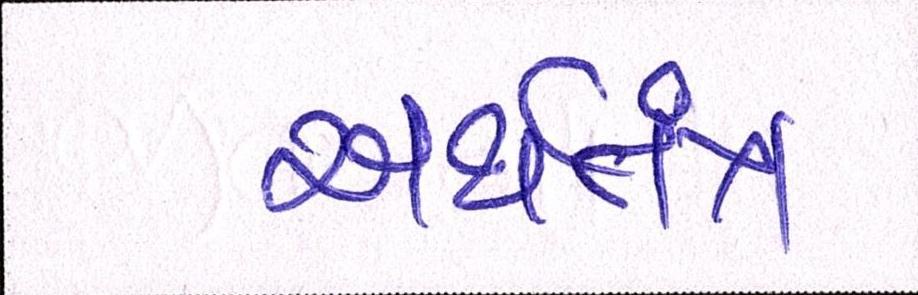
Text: અર્થતંત્ર